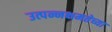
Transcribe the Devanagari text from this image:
उत्पन्नक्षमतेच्या